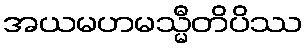
အယမဟမသ္မီတိပိဿ